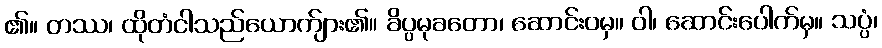
၏။ တဿ၊ ထိုတံငါသည်ယောက်ျား၏။ ခိပ္ပမုခတော၊ ဆောင်းဝမှ။ ဝါ၊ ဆောင်းပေါက်မှ။ သပ္ပံ၊